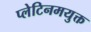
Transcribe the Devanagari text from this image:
प्लेटिनमयुक्त